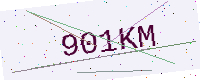
Text: 901KM